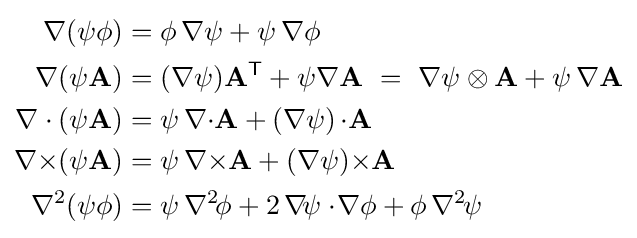
{\begin{aligned}\nabla (\psi \phi )&=\phi \,\nabla \psi +\psi \,\nabla \phi \\\nabla (\psi \mathbf {A} )&=(\nabla \psi )\mathbf {A} ^{\textsf {T}}+\psi \nabla \mathbf {A} \ =\ \nabla \psi \otimes \mathbf {A} +\psi \,\nabla \mathbf {A} \\\nabla \cdot (\psi \mathbf {A} )&=\psi \,\nabla {\cdot }\mathbf {A} +(\nabla \psi )\,{\cdot }\mathbf {A} \\\nabla {\times }(\psi \mathbf {A} )&=\psi \,\nabla {\times }\mathbf {A} +(\nabla \psi ){\times }\mathbf {A} \\\nabla ^{2}(\psi \phi )&=\psi \,\nabla ^{2\!}\phi +2\,\nabla \!\psi \cdot \!\nabla \phi +\phi \,\nabla ^{2\!}\psi \end{aligned}}